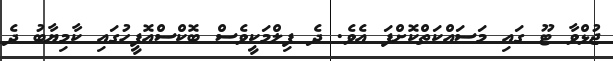
ޖުޅްވާ ޓޫ ގައި މަސައްކަތްކޮށްފަ އެވެ. ދެ ފިލްމަކީވެސް ބޮކްސްއޮފީހުގައި ކާމިޔާބު ދެ